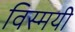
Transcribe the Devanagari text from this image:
विस्मयी